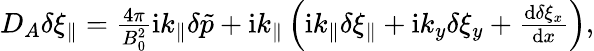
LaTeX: \begin{array}{r}{D_{A}\delta\xi_{\parallel}=\frac{4\pi}{B_{0}^{2}}\mathrm{i}k_{\parallel}\delta\tilde{p}+\mathrm{i}k_{\parallel}\left(\mathrm{i}k_{\parallel}\delta\xi_{\parallel}+\mathrm{i}k_{y}\delta\xi_{y}+\frac{\textrm{d}\delta\xi_{x}}{\textrm{d}x}\right),}\end{array}